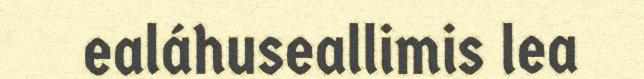
ealáhuseallimis lea